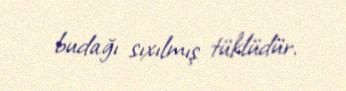
budağı sıxılmış tüklüdür.